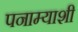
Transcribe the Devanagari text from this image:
पनाम्याशी